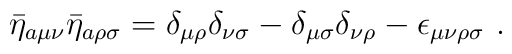
\bar\eta_{a\mu\nu} \bar\eta_{a\rho\sigma}= \delta_{\mu\rho} \delta_{\nu\sigma}- \delta_{\mu\sigma} \delta_{\nu\rho}- \epsilon_{\mu\nu\rho\sigma} \ .